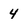
Character: 4